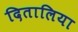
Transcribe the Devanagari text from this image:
दितालिया